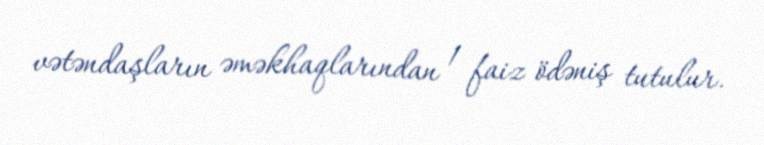
vətəndaşların əməkhaqlarından 1 faiz ödəniş tutulur.